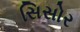
સિસોર